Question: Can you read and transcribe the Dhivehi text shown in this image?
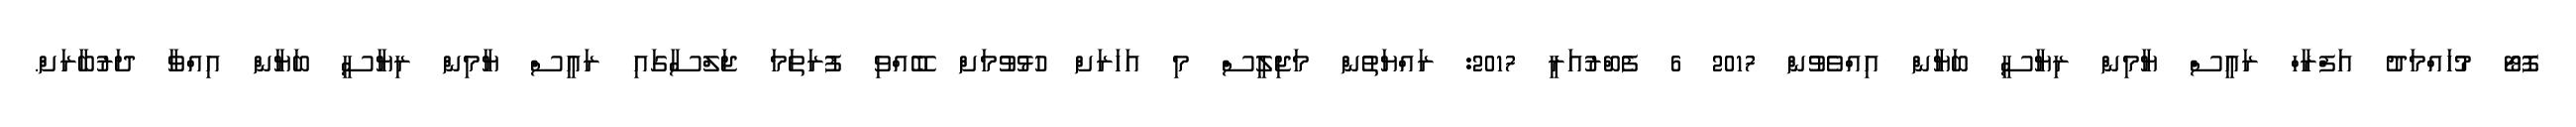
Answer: ފޮޓޯ މުހައްމަދު އަފްރާހް ރައީސް ޔާމިން ރިޔާސީ ބަޔާން އިއްވެވުން 2017 6 ފެބްރުއަރީ 2017: ރައްޔަތުން މަޖިލީސް މި އަހަރަށް ހުޅުވުމަށް ބޭއްވި ފުރަތަމަ ޖަލްސާގައި ރައީސް ޔާމިން ރިޔާސީ ބަޔާން އިއްވާ ދަރުބާރަށް.